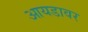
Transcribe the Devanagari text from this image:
आयडावर